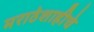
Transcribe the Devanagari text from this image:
मराठेशाहीचे